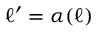
\ell ^ { \prime } = \alpha ( \ell )